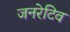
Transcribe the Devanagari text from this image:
जनरेटिव